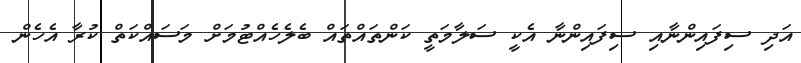
އަދި ސިފައިންނާއި ސިފައިންނާ އެކީ ސަލާމަތީ ކަންތައްތައް ބެލެހެއްޓުމަށް މަސައްކަތް ކުރާ އެހެން